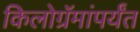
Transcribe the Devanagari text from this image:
किलोग्रॅमांपर्यंत